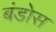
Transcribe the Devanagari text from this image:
बंडोस